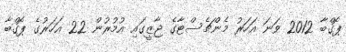
ޕޮގްބާ 2012 ވަނަ އަހަރު މެންޗެސްޓާގެ ޖާޒީގައި އުމުރުން 22 އަހަރުގެ ޕޮގްބާ